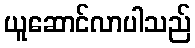
ယူဆောင်လာပါသည်